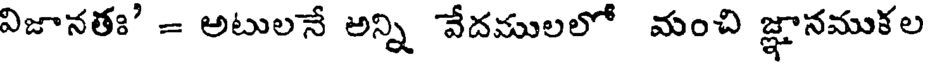
విజానతః' = అటులనే అన్ని వేదములలో మంచి జ్ఞానముకల